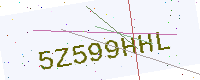
Text: 5Z599HHL